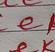
Signature authenticity: forged